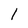
Character: 1